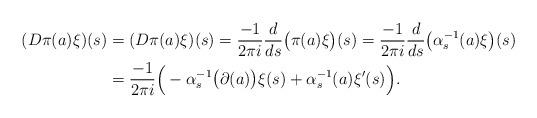
LaTeX: \begin{align*}(D\pi(a)\xi)(s)&=(D\pi(a)\xi)(s)=\frac{-1}{2\pi i}\frac{d}{ds}\big(\pi(a)\xi\big)(s)=\frac{-1}{2\pi i}\frac{d}{ds}\big(\alpha_s^{-1}(a)\xi\big)(s)\\ &=\frac{-1}{2\pi i}\Big(-\alpha_s^{-1}\big(\partial(a)\big)\xi(s)+\alpha_s^{-1}(a)\xi^\prime(s)\Big).\end{align*}